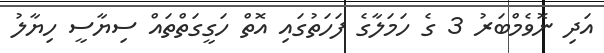
އަދި ނޮވެމްބަރު 3 ގެ ހަމަލާގެ ފަހަތުގައި އޮތް ހަގީގަތްތައް ސިޔާސީ ހިޔާލު